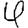
Digit: 4